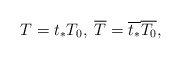
\begin{align*}T=t_{*}T_{0},\; \overline{T}=\overline{t_{*}}\overline{T_{0}},\end{align*}